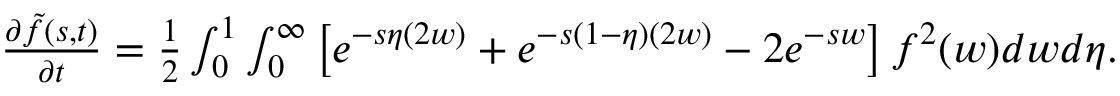
\begin{array} { r } { \begin{array} { r } { \frac { \partial \Tilde { f } ( s , t ) } { \partial t } = \frac { 1 } { 2 } \int _ { 0 } ^ { 1 } \int _ { 0 } ^ { \infty } \left[ e ^ { - s \eta ( 2 w ) } + e ^ { - s ( 1 - \eta ) ( 2 w ) } - 2 e ^ { - s w } \right] f ^ { 2 } ( w ) d w d \eta . } \end{array} } \end{array}